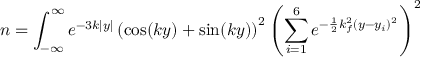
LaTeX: n = \int _ { - \infty } ^ { \infty } e ^ { - 3 k | y | } \left( \cos ( k y ) + \sin ( k y ) \right) ^ { 2 } \left( \sum _ { i = 1 } ^ { 6 } e ^ { - \frac { 1 } { 2 } k _ { f } ^ { 2 } ( y - y _ { i } ) ^ { 2 } } \right) ^ { 2 }